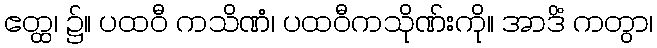
ဧတ္ထ၊ ၌။ ပထဝီ ကသိဏံ၊ ပထဝီကသိုဏ်းကို။ အာဒိံ ကတွာ၊